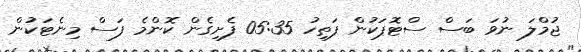
ޖުމްލަ ނުވަ ބަސް ސްޓޮޕަކުން ފަތިހު 05:35 ފެށިގެން ކޮންމެ ފަސް މިނެޓަކުން